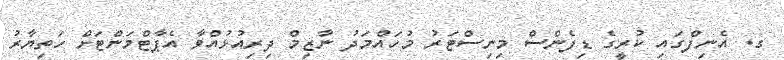
ގ. އެނިފްގައި ކުރީގެ ޑިފެންސް މިނިސްޓަރު މުހައްމަދު ނާޒިމް ދިރިއުޅުއްވާ އެޕާޓްމަންޓަށް ހަތިޔާރު